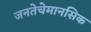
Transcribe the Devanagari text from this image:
जनतेचेमानसिक